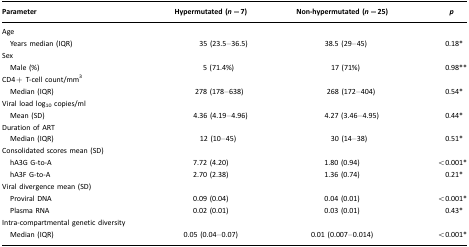
| Parameter | Hypermutated (n=7) | Non-hypermutated (n=25) | p |
 | --- | --- | --- | --- |
 | Age |  |  |  |
 | Years median (IQR) | 35 (23.5–36.5) | 38.5 (29–45) | 0.18* |
 | Sex |  |  |  |
 | Male (%) | 5 (71.4%) | 17 (71%) | 0.98** |
 | CD4+ T-cell count/mm3 |  |  |  |
 | Median (IQR) | 278 (178–638) | 268 (172–404) | 0.54* |
 | Viral load log10 copies/ml |  |  |  |
 | Mean (SD) | 4.36 (4.19–4.96) | 4.27 (3.46–4.95) | 0.44* |
 | Duration of ART |  |  |  |
 | Median (IQR) | 12 (10–45) | 30 (14–38) | 0.51* |
 | Consolidated scores mean (SD) |  |  |  |
 | hA3G G-to-A | 7.72 (4.20) | 1.80 (0.94) | <0.001* |
 | hA3F G-to-A | 2.70 (2.38) | 1.36 (0.74) | 0.21* |
 | Viral divergence mean (SD) |  |  |  |
 | Proviral DNA | 0.09 (0.04) | 0.04 (0.01) | <0.001* |
 | Plasma RNA | 0.02 (0.01) | 0.03 (0.01) | 0.43* |
 | Intra-compartmental genetic diversity |  |  |  |
 | Median (IQR) | 0.05 (0.04–0.07) | 0.01 (0.007–0.014) | <0.001* |